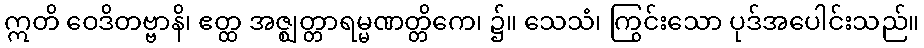
ဣတိ ဝေဒိတဗ္ဗာနိ၊ ဧတ္ထ အဇ္ဈတ္တာရမ္မဏတ္တိကေ၊ ၌။ သေသံ၊ ကြွင်းသော ပုဒ်အပေါင်းသည်။